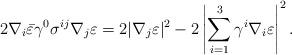
LaTeX: \begin{align*}2\nabla_i\bar{\varepsilon}\gamma^0\sigma^{ij}\nabla_j\varepsilon=2|\nabla_j\varepsilon|^2-2\left|\sum^3_{i=1}\gamma^i\nabla_i\varepsilon\right|^2.\end{align*}